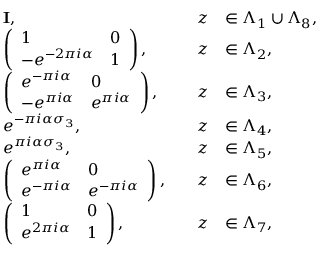
\begin{array} { r l r l } & { \mathbf { I } , \quad } & { z } & { \in \Lambda _ { 1 } \cup \Lambda _ { 8 } , } \\ & { \left( \begin{array} { l l } { 1 } & { 0 } \\ { - e ^ { - 2 \pi i \alpha } } & { 1 } \end{array} \right) , \quad } & { z } & { \in \Lambda _ { 2 } , } \\ & { \left( \begin{array} { l l } { e ^ { - \pi i \alpha } } & { 0 } \\ { - e ^ { \pi i \alpha } } & { e ^ { \pi i \alpha } } \end{array} \right) , \quad } & { z } & { \in \Lambda _ { 3 } , } \\ & { e ^ { - \pi i \alpha \sigma _ { 3 } } , \quad } & { z } & { \in \Lambda _ { 4 } , } \\ & { e ^ { \pi i \alpha \sigma _ { 3 } } , \quad } & { z } & { \in \Lambda _ { 5 } , } \\ & { \left( \begin{array} { l l } { e ^ { \pi i \alpha } } & { 0 } \\ { e ^ { - \pi i \alpha } } & { e ^ { - \pi i \alpha } } \end{array} \right) , \quad } & { z } & { \in \Lambda _ { 6 } , } \\ & { \left( \begin{array} { l l } { 1 } & { 0 } \\ { e ^ { 2 \pi i \alpha } } & { 1 } \end{array} \right) , \quad } & { z } & { \in \Lambda _ { 7 } , } \end{array}